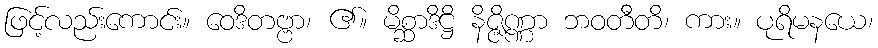
ဖြင့်လည်းကောင်း။ ဝေဒိတဗ္ဗာ၊ ၏။ မိစ္ဆာဒိဋ္ဌိ နိဇ္ဇိဏ္ဏာ ဘဝတီတိ၊ ကား။ ပုရိမနယေ၊